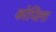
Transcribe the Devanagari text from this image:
कोपिला